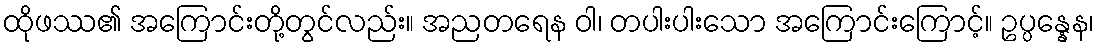
ထိုဖဿ၏ အကြောင်းတို့တွင်လည်း။ အညတရေန ဝါ၊ တပါးပါးသော အကြောင်းကြောင့်။ ဥပ္ပန္နေန၊